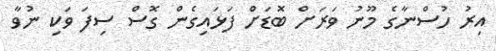
އިރު ހުސްނާގެ މޫނު ވަރަށް ބޮޑަށް ފަޅައިގެން ގޮސް ސިފަ ވަކި ނުވާ